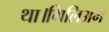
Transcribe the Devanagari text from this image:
था।गिलिअम